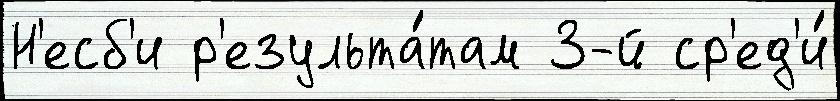
Н'есб'и р'езульта́там 3-й ср'ед'и́